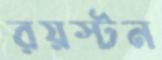
রয়স্টন